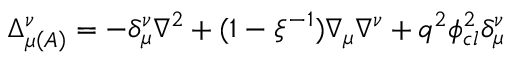
\Delta _ { \mu \left( A \right) } ^ { \nu } = - \delta _ { \mu } ^ { \nu } \nabla ^ { 2 } + ( 1 - \xi ^ { - 1 } ) \nabla _ { \mu } \nabla ^ { \nu } + q ^ { 2 } \phi _ { c l } ^ { 2 } \delta _ { \mu } ^ { \nu }